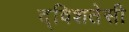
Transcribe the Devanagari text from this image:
द्विशतेसी